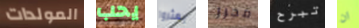
المولدات يحب يعثروا محرر تبرح ان